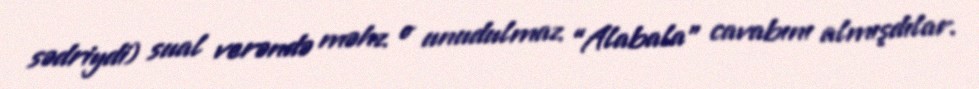
sədriydi) sual verəndə məhz o unudulmaz “Alabala” cavabını almışdılar.